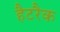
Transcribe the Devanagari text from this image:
हैटरैक